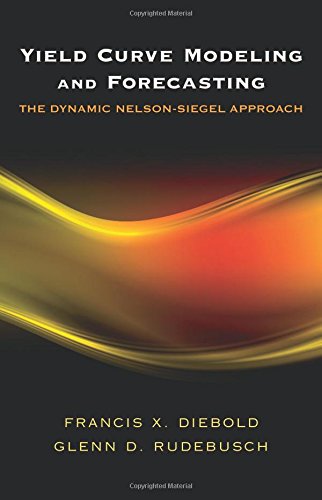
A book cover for Yield Curve Modeling and Forecasting: The Dynamic Nelson-Siegel Approach (The Econometric and Tinbergen Institutes Lectures); Francis X. Diebold; Business & Money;